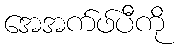
အေအက်ဖ်ပီကို